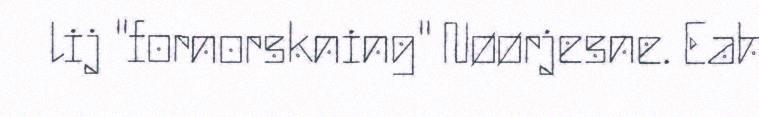
lij "fornorskning" Nøørjesne. Eah